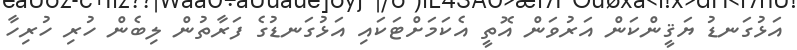
އަޅުގަނޑު ޔަޤީންކަން އަރުވަން އޮތީ އެކަމަށްޓަކައި އަޅުގަނޑުގެ ފަރާތުން ލިބެން ހުރި ހުރިހާ